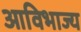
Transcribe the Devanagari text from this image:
आविभाज्य